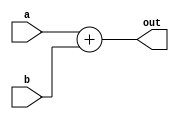
`timescale 1ns / 1ps


module Add1(
    input [31:0] a,
    input [31:0] b,
    output [31:0] out
    );
    assign out=a+b;
endmodule